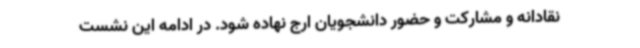
نقادانه و مشارکت و حضور دانشجویان ارج نهاده شود. در ادامه این نشست